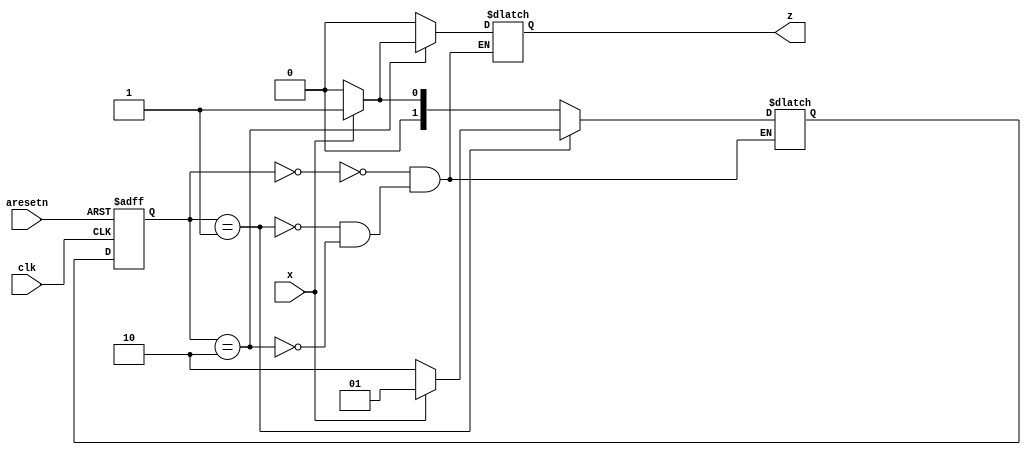
module top_module (
    input clk,
    input aresetn,    // Asynchronous active-low reset
    input x,
    output z ); 

	localparam [1:0] IDLE     = 0,
					 ONE      = 1,
					 ONE_ZERO = 2;

	reg [1:0] state, next;

	always @(*) begin
		case (state)
			IDLE : begin 
				next = (x) ? ONE : IDLE;
				z = 0;
			end
			ONE : begin
				next = (x) ? ONE : ONE_ZERO;
				z = 0;
			end
			ONE_ZERO : begin
				if (x) begin
					next = ONE;
					z = 1;
				end
				else begin
					next = IDLE;
					z = 0;
				end
			end
		endcase
	end

	always @(posedge clk or negedge aresetn) begin
		if (~aresetn) state <= IDLE;
		else state <= next;
	end

endmodule